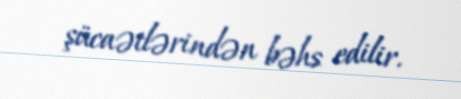
şücaətlərindən bəhs edilir.